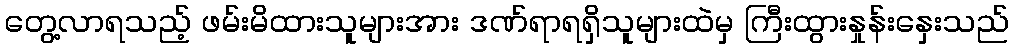
တွေ့လာရသည့် ဖမ်းမိထားသူများအား ဒဏ်ရာရရှိသူများထဲမှ ကြီးထွားနှုန်းနှေးသည်